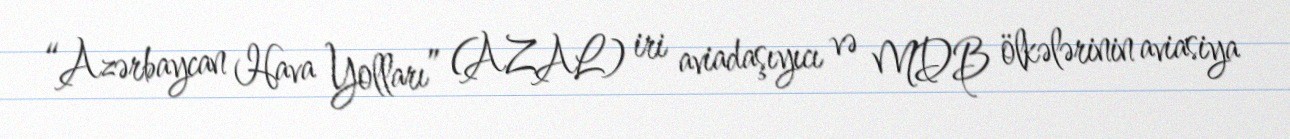
“Azərbaycan Hava Yolları” (AZAL) iri aviadaşıyıcı və MDB ölkələrinin aviasiya